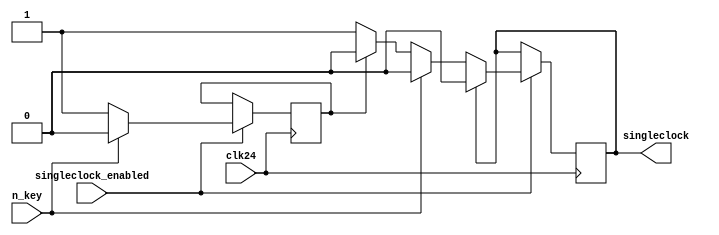
// ====================================================================
//                         VECTOR-06C FPGA REPLICA
//
// 					Copyright (C) 2007, Viacheslav Slavinsky
//
// This core is distributed under modified BSD license. 
// For complete licensing information see LICENSE.TXT.
// -------------------------------------------------------------------- 
//
// An open implementation of Vector-06C home computer
//
// 
// Design File: singleclockster.v
//
// Generate single CPU clocks for key-tapped code execution.
//
// --------------------------------------------------------------------

`default_nettype none

module singleclockster(clk24, singleclock_enabled, n_key, singleclock);
input 		clk24;
input 		singleclock_enabled;
input 		n_key;
output reg 	singleclock;

reg key1_nreleased;
always @(posedge clk24) begin
	if (singleclock_enabled) begin
		if (n_key == 1'b0) begin
			if (!key1_nreleased) begin
				singleclock <= 1;
				key1_nreleased <= 1;
			end
		end
		else key1_nreleased <= 0;
		
		if (singleclock) singleclock <= 0;
	end
end

endmodule

// $Id$